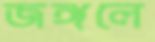
জঙ্গলে